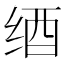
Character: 𦈋